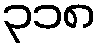
၃၁၈